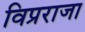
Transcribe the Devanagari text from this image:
विप्रराजा